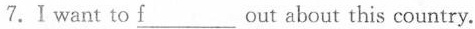
7.I want to \underline{f}___ out about this country.